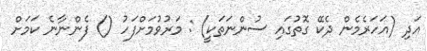
އަދި (އަހަރެމެން ދެކޭ ގޮތުގައި ސުންނަތަކީ) : މަރުވުމަށްފަހު () ފެންނާނެ ކަމަށް